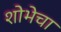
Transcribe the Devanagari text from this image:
शोभेचा